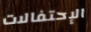
الإحتفالات